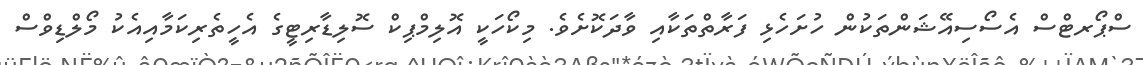
ސްޕޯރޓްސް އެސޯސިއޭޝަންތަކުން ހުށަހެޅި ފަރާތްތަކާއި ވާދަކޮށެވެ. މިކޯހަކީ އޮލިމްޕިކް ސޮލިޑާރިޓީގެ އެހީތެރިކަމާއިއެކު މޯލްޑިވްސް